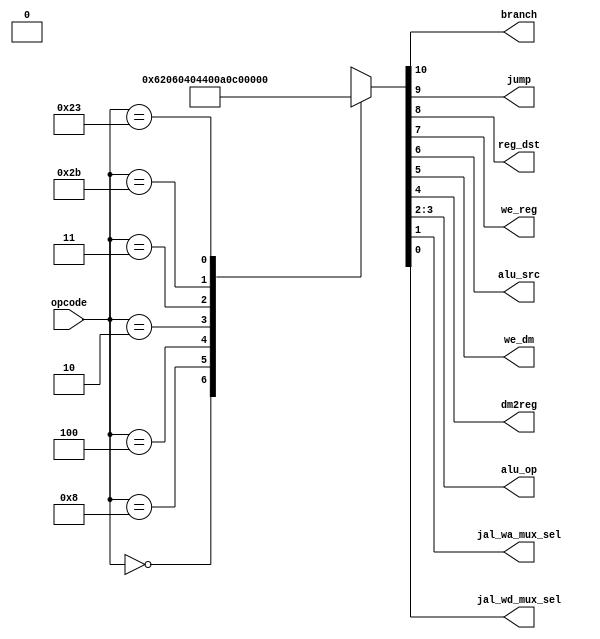
module maindec (
        input  wire [5:0] opcode,
        output wire       branch,
        output wire       jump,
        output wire       reg_dst,
        output wire       we_reg,
        output wire       alu_src,
        output wire       we_dm,
        output wire       dm2reg,
        output wire [1:0] alu_op,
        output wire       jal_wa_mux_sel,
        output wire       jal_wd_mux_sel
    );

    reg [10:0] ctrl;

    assign {branch, jump, reg_dst, we_reg, alu_src, we_dm, dm2reg, alu_op, jal_wa_mux_sel, jal_wd_mux_sel} = ctrl;

    always @ (opcode) begin
        case (opcode)
            6'b00_0000: ctrl = 11'b0_0_1_1_0_0_0_10_0_0; // R-type
            6'b00_1000: ctrl = 11'b0_0_0_1_1_0_0_00_0_0; // ADDI
            6'b00_0100: ctrl = 11'b1_0_0_0_0_0_0_01_0_0; // BEQ
            6'b00_0010: ctrl = 11'b0_1_0_0_0_0_0_00_0_0; // J
            6'b00_0011: ctrl = 11'b0_1_0_1_0_0_0_00_1_1; // JAL //TODO
            6'b10_1011: ctrl = 11'b0_0_0_0_1_1_0_00_0_0; // SW
            //6'b10_0011: ctrl = 11'b0_0_0_1_1_0_1_00_0_0; // LW
            6'b10_0011: ctrl = 11'b0_0_0_1_1_0_1_00_0_0; // LW
            default:    ctrl = 11'bx_x_x_0_x_0_x_xx_x_x;
            //default:    ctrl = 11'b0_0_0_0_0_0_0_00_0_0;
        endcase
    end

endmodule